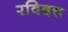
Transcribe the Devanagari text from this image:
रविदत्त